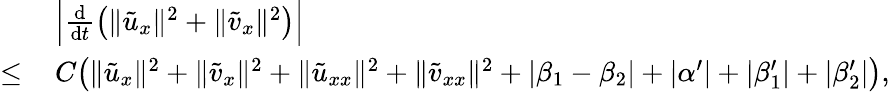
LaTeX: \begin{array}{rl}&{\, \Big|\frac{\mathrm{d}}{\mathrm{d}t}\left(\| \tilde{u}_{x}\| ^{2}+\| \tilde{v}_{x}\| ^{2}\right)\Big|}\\ {\le}&{\, C\big(\| \tilde{u}_{x}\| ^{2}+\| \tilde{v}_{x}\| ^{2}+\| \tilde{u}_{xx}\| ^{2}+\| \tilde{v}_{xx}\| ^{2}+|\beta_{1}-\beta_{2}|+|\alpha^{\prime}|+|\beta_{1}^{\prime}|+|\beta_{2}^{\prime}|\big),}\end{array}